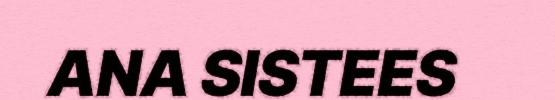
ANA SISTEES